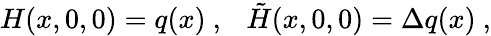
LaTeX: H(x,0,0)=q(x)\ ,~~~\tilde{H}(x,0,0)=\Delta q(x)\ ,